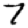
Digit: 7